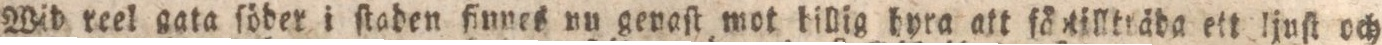
Wid reel gata ſöder i ſtaden finnes nu genaſt mot billig hyra att fåetillträba etteljuſt och